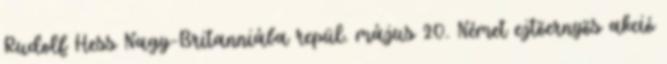
Rudolf Hess Nagy-Britanniába repül. május 20. Német ejtõernyõs akció